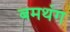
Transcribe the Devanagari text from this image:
बमथंग